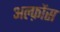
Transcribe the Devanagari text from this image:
अल्फ़ोंस